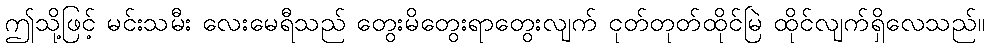
ဤသို့ဖြင့် မင်းသမီး လေးမေရီသည် တွေးမိတွေးရာတွေးလျက် ငုတ်တုတ်ထိုင်မြဲ ထိုင်လျက်ရှိလေသည်။